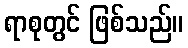
ရာစုတွင် ဖြစ်သည်။